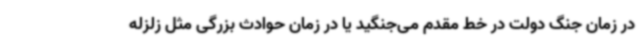
در زمان جنگ دولت در خط مقدم می‌جنگید یا در زمان حوادث بزرگی مثل زلزله